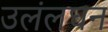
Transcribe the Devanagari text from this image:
उलंलघन